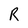
Character: R